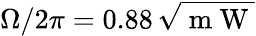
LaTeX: \Omega/2\pi=0.88\, \sqrt{\mathrm{~m~W~}}